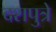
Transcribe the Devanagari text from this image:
दशपुत्रे